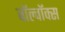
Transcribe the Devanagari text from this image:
वॉल्वॉक्स